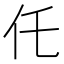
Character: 仛